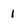
Character: 1